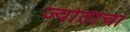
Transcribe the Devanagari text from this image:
ज्योतीचा